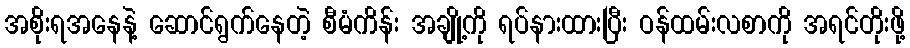
အစိုးရအနေနဲ့ ဆောင်ရွက်နေတဲ့ စီမံကိန်း အချို့ကို ရပ်နားထားပြီး ဝန်ထမ်းလစာကို အရင်တိုးဖို့